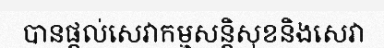
បានផ្តល់សេវាកម្មសន្តិសុខនិងសេវា